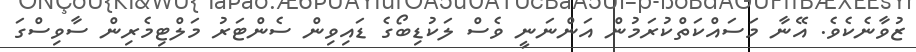
ޒުވާނެކެވެ. އޭނާ މަސައްކަތްކުރަމުން އަންނަނީ ވެސް ލަކުޑިބޯގެ ޑައިވިން ސެންޓަރު މަލްޓިމެރިން ސާވިސްގަ